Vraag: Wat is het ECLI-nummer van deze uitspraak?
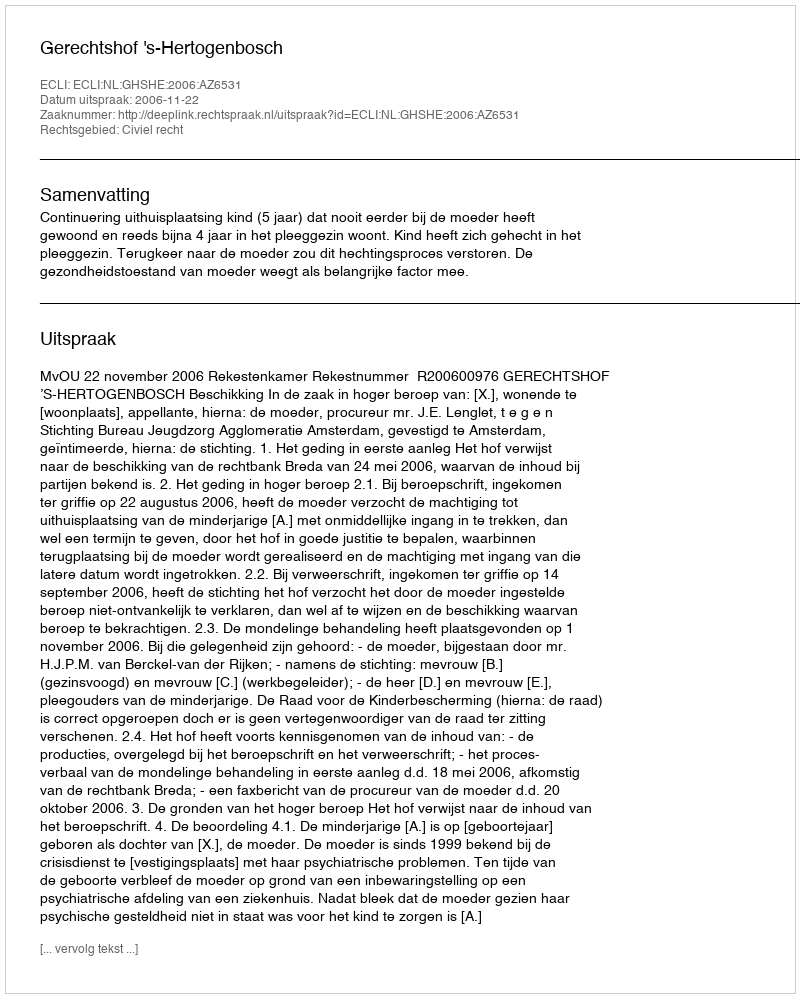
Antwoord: ECLI:NL:GHSHE:2006:AZ6531